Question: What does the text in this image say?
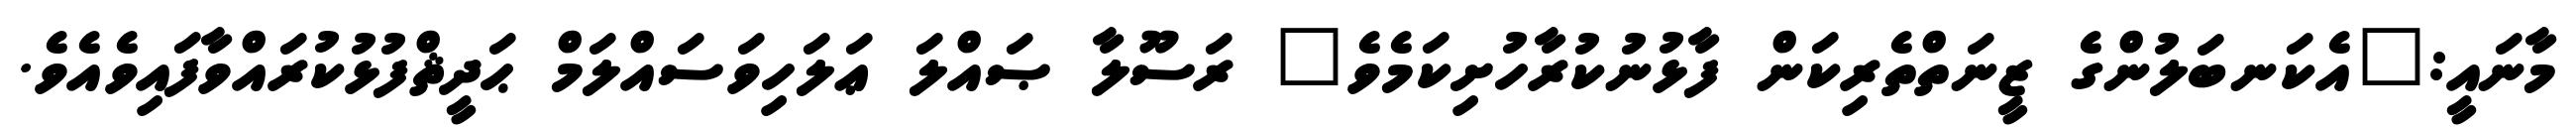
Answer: މާނައީ:"އެކަނބަލުންގެ ޒީނަތްތެރިކަން ފާޅުނުކުރާހުށިކަމެވެ" ރަސޫލާ ޞައްލަ ޢަލަހިވަސައްލަމް ޙަދީޘްފުޅުކުރައްވާފައިވެއެވެ.